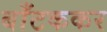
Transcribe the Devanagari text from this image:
बाँटककर